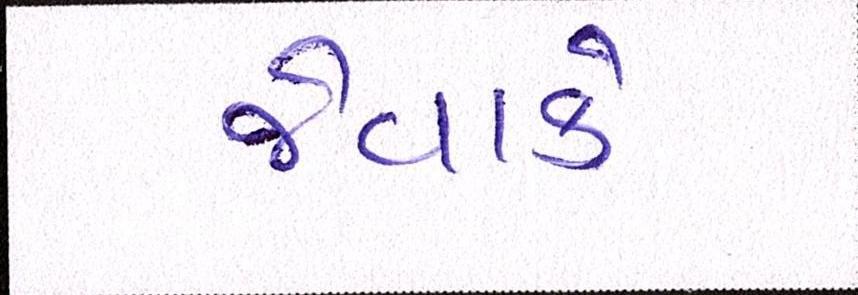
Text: જેવાકે